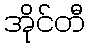
အိုင်တီ